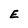
Character: E